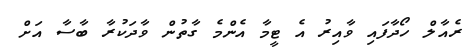
ރެއާލް ހޯދާފައި ވާއިރު އެ ޓީމާ އެންމެ ގާތުން ވާދަކުރާ ބާސާ އަށް